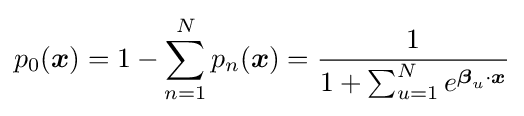
p_{0}({\boldsymbol {x}})=1-\sum _{n=1}^{N}p_{n}({\boldsymbol {x}})={\frac {1}{1+\sum _{u=1}^{N}e^{{\boldsymbol {\beta }}_{u}\cdot {\boldsymbol {x}}}}}